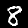
Digit: 8